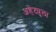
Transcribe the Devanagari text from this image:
अहेट्युला